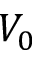
V _ { 0 }